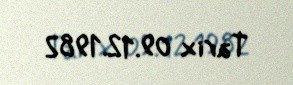
Tarix 09.12.1982